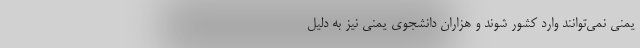
یمنی نمی‌توانند وارد کشور شوند و هزاران دانشجوی یمنی نیز به دلیل